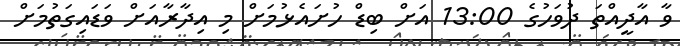
ވާ އާދީއްތަ ދުވަހުގެ 13:00 އަށް ބިޑް ހުށައެޅުމަށް މި އިދާރާއަށް ވަޑައިގަތުމަށް